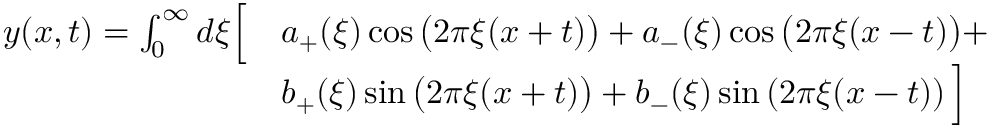
{ \begin{array} { r l } { y ( x , t ) = \int _ { 0 } ^ { \infty } d \xi { \Bigl [ } } & { a _ { + } ( \xi ) \cos { \bigl ( } 2 \pi \xi ( x + t ) { \bigr ) } + a _ { - } ( \xi ) \cos { \bigl ( } 2 \pi \xi ( x - t ) { \bigr ) } + } \\ & { b _ { + } ( \xi ) \sin { \bigl ( } 2 \pi \xi ( x + t ) { \bigr ) } + b _ { - } ( \xi ) \sin \left( 2 \pi \xi ( x - t ) \right) { \Bigr ] } } \end{array} }